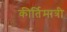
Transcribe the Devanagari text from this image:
कीर्तिमात्री